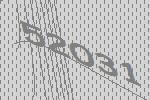
52031